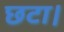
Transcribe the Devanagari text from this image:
छटा।